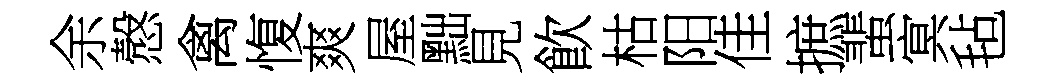
余慤禽愎爽屋黜見飮枯阳佳摭蜚㝠毡